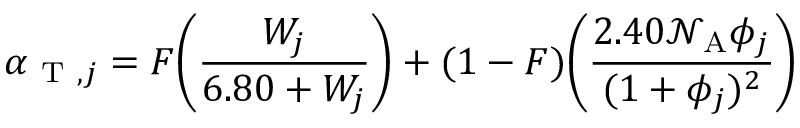
\alpha _ { \mathrm { ~ T ~ } , j } = F \bigg ( \frac { W _ { j } } { 6 . 8 0 + W _ { j } } \bigg ) + ( 1 - F ) \bigg ( \frac { 2 . 4 0 \mathcal { N } _ { \mathrm { A } } \phi _ { j } } { ( 1 + \phi _ { j } ) ^ { 2 } } \bigg )